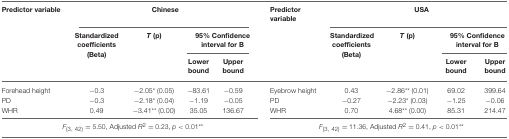
<table><thead><tr><td><b>Predictor variable</b></td><td colspan="4"><b>Chinese</b></td><td><b>Predictor variable</b></td><td colspan="4"><b>USA</b></td></tr><tr><td></td><td><b>Standardized coefficients (Beta)</b></td><td><b><i>T</i> (p)</b></td><td colspan="2"><b>95% Confidence interval for B</b></td><td></td><td><b>Standardized coefficients (Beta)</b></td><td><b><i>T</i> (p)</b></td><td colspan="2"><b>95% Confidence interval for B</b></td></tr><tr><td></td><td></td><td></td><td><b>Lower bound</b></td><td><b>Upper bound</b></td><td></td><td></td><td></td><td><b>Lower bound</b></td><td><b>Upper bound</b></td></tr></thead><tbody><tr><td>Forehead height</td><td>−0.3</td><td>−2.05<sup>*</sup> (0.05)</td><td>−83.61</td><td>−0.59</td><td>Eyebrow height</td><td>0.43</td><td>−2.86<sup>**</sup> (0.01)</td><td>69.02</td><td>399.64</td></tr><tr><td>PD</td><td>−0.3</td><td>−2.18<sup>*</sup> (0.04)</td><td>−1.19</td><td>−0.05</td><td>PD</td><td>−0.27</td><td>−2.23<sup>*</sup> (0.03)</td><td>−1.25</td><td>−0.06</td></tr><tr><td>WHR</td><td>0.49</td><td>−3.41<sup>**</sup> (0.00)</td><td>35.05</td><td>136.67</td><td>WHR</td><td>0.70</td><td>4.68<sup>**</sup> (0.00)</td><td>85.31</td><td>214.47</td></tr><tr><td colspan="5"><i>F</i><sub>(3, 42)</sub> = 5.50, Adjusted <i>R</i><sup>2</sup> = 0.23, <i>p</i> &lt; 0.01<sup>**</sup></td><td colspan="5"><i>F</i><sub>(3, 42)</sub> = 11.36, Adjusted <i>R</i><sup>2</sup> = 0.41, <i>p</i> &lt; 0.01<sup>**</sup></td></tr></tbody></table>